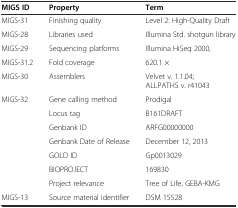
<table><thead><tr><td><b>MIGS ID</b></td><td><b>Property</b></td><td><b>Term</b></td></tr></thead><tbody><tr><td>MIGS-31</td><td>Finishing quality</td><td>Level 2: High-Quality Draft</td></tr><tr><td>MIGS-28</td><td>Libraries used</td><td>Illumina Std. shotgun library</td></tr><tr><td>MIGS-29</td><td>Sequencing platforms</td><td>Illumina HiSeq 2000,</td></tr><tr><td>MIGS-31.2</td><td>Fold coverage</td><td>620.1 ×</td></tr><tr><td>MIGS-30</td><td>Assemblers</td><td>Velvet v. 1.1.04; ALLPATHS v. r41043</td></tr><tr><td>MIGS-32</td><td>Gene calling method</td><td>Prodigal</td></tr><tr><td>[EMPTY_CELL]</td><td>Locus tag</td><td>B161DRAFT</td></tr><tr><td>[EMPTY_CELL]</td><td>Genbank ID</td><td>ARFG00000000</td></tr><tr><td>[EMPTY_CELL]</td><td>Genbank Date of Release</td><td>December 12, 2013</td></tr><tr><td>[EMPTY_CELL]</td><td>GOLD ID</td><td>Gp0013029</td></tr><tr><td>[EMPTY_CELL]</td><td>BIOPROJECT</td><td>169830</td></tr><tr><td>[EMPTY_CELL]</td><td>Project relevance</td><td>Tree of Life, GEBA-KMG</td></tr><tr><td>MIGS-13</td><td>Source material identifier</td><td>DSM 15528</td></tr></tbody></table>